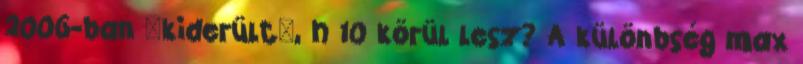
2006-ban "kiderült", h 10 körül lesz? A különbség max